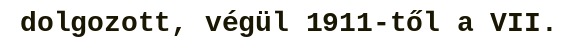
dolgozott, végül 1911-től a VII.